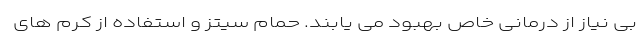
بی نیاز از درمانی خاص بهبود می یابند. حمام سیتز و استفاده از کرم های